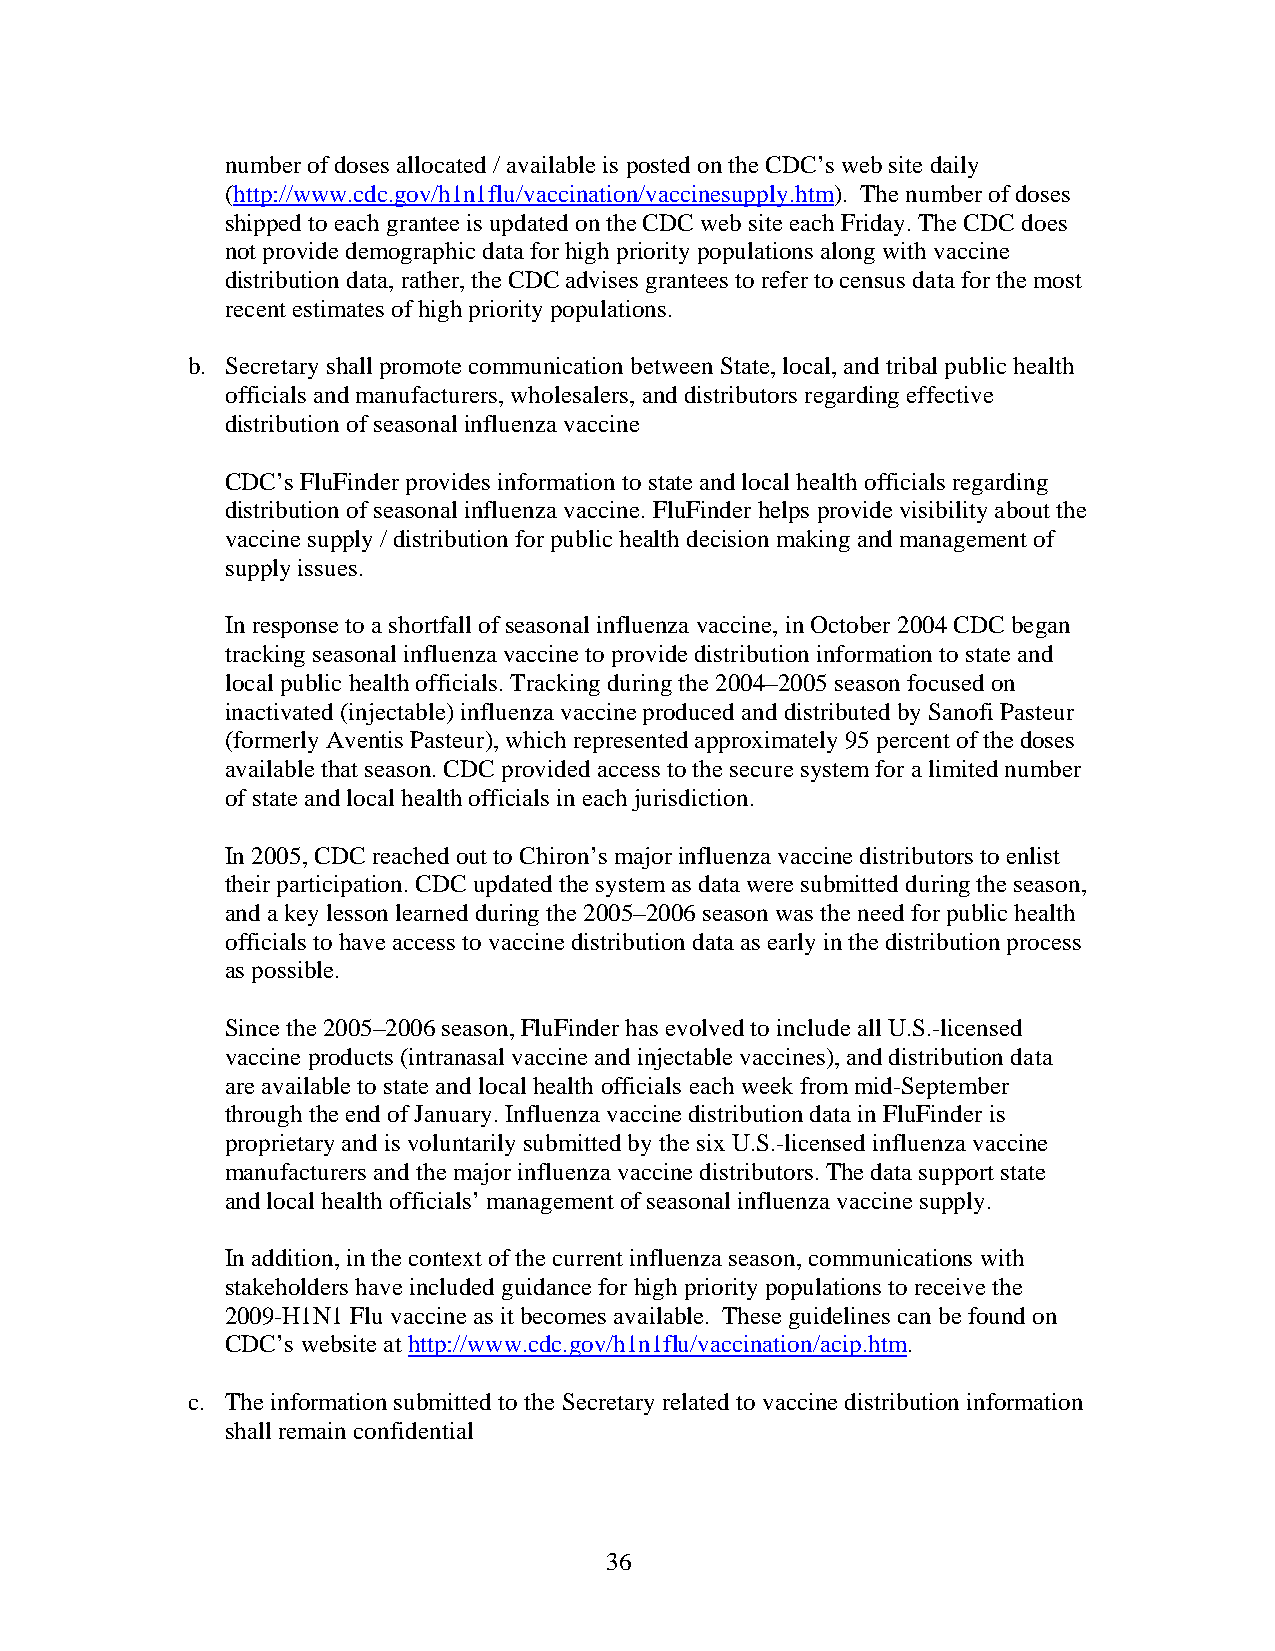
number of doses allocated / available is posted on the CDC’s web site daily
 (http://www.cdc.gov/h1n1flu/vaccination/vaccinesupply.htm). The number of doses
 shipped to each grantee is updated on the CDC web site each Friday. The CDC does
 not provide demographic data for high priority populations along with vaccine
 distribution data, rather, the CDC advises grantees to refer to census data for the most
 recent estimates of high priority populations.
 b. Secretary shall promote communication between State, local, and tribal public health
 officials and manufacturers, wholesalers, and distributors regarding effective
 distribution of seasonal influenza vaccine
 CDC’s FluFinder provides information to state and local health officials regarding
 distribution of seasonal influenza vaccine. FluFinder helps provide visibility about the
 vaccine supply / distribution for public health decision making and management of
 supply issues.
 In response to a shortfall of seasonal influenza vaccine, in October 2004 CDC began
 tracking seasonal influenza vaccine to provide distribution information to state and
 local public health officials. Tracking during the 2004–2005 season focused on
 inactivated (injectable) influenza vaccine produced and distributed by Sanofi Pasteur
 (formerly Aventis Pasteur), which represented approximately 95 percent of the doses
 available that season. CDC provided access to the secure system for a limited number
 of state and local health officials in each jurisdiction.
 In 2005, CDC reached out to Chiron’s major influenza vaccine distributors to enlist
 their participation. CDC updated the system as data were submitted during the season,
 and a key lesson learned during the 2005–2006 season was the need for public health
 officials to have access to vaccine distribution data as early in the distribution process
 as possible.
 Since the 2005–2006 season, FluFinder has evolved to include all U.S.-licensed
 vaccine products (intranasal vaccine and injectable vaccines), and distribution data
 are available to state and local health officials each week from mid-September
 through the end of January. Influenza vaccine distribution data in FluFinder is
 proprietary and is voluntarily submitted by the six U.S.-licensed influenza vaccine
 manufacturers and the major influenza vaccine distributors. The data support state
 and local health officials’ management of seasonal influenza vaccine supply.
 In addition, in the context of the current influenza season, communications with
 stakeholders have included guidance for high priority populations to receive the
 2009-H1N1 Flu vaccine as it becomes available. These guidelines can be found on
 CDC’s website at http://www.cdc.gov/h1n1flu/vaccination/acip.htm.
 c. The information submitted to the Secretary related to vaccine distribution information
 shall remain confidential
 36